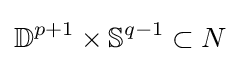
\mathbb {D} ^{p+1}\times \mathbb {S} ^{q-1}\subset N